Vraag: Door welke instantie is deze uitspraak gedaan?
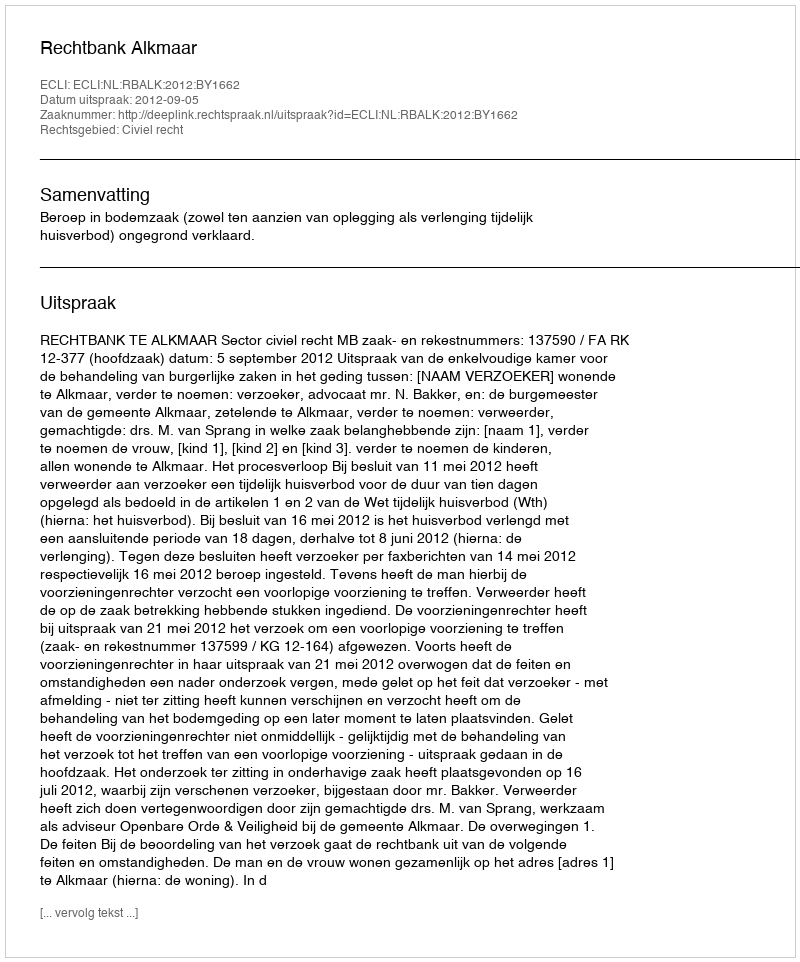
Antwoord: Rechtbank Alkmaar